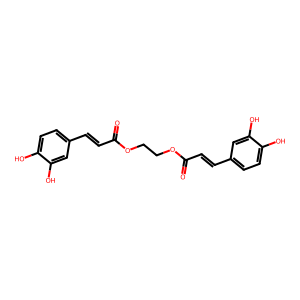
SMILES: O=C(C=Cc1ccc(O)c(O)c1)OCCOC(=O)C=Cc1ccc(O)c(O)c1
Inhibits HIV replication: No